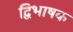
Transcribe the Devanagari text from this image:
द्विभाषक